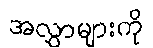
အလွှာများကို